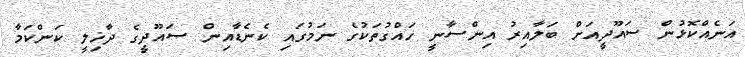
އަނެއްކޮޅުން ސައޫދީއަށް ބަލާއިރު އިންސާނީ ހައްގުތަކުގެ ނަމުގައި ކެނެޑާއިން ސައޫދީގެ ދާޚިލީ ކަންކަމާ